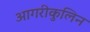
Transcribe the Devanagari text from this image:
आगरीकुलिन